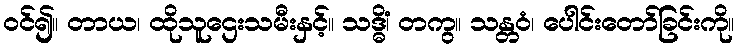
ဝင်၍။ တာယ၊ ထိုသူဌေးသမီးနှင့်။ သဒ္ဓိံ၊ တကွ။ သန္တဝံ၊ ပေါင်းတော်ခြင်းကို။